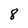
Character: 8